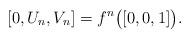
LaTeX: \begin{align*} [0,U_n,V_n] = f^n\bigl([0,0,1]\bigr).\end{align*}